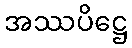
အဿပိဋ္ဌေ